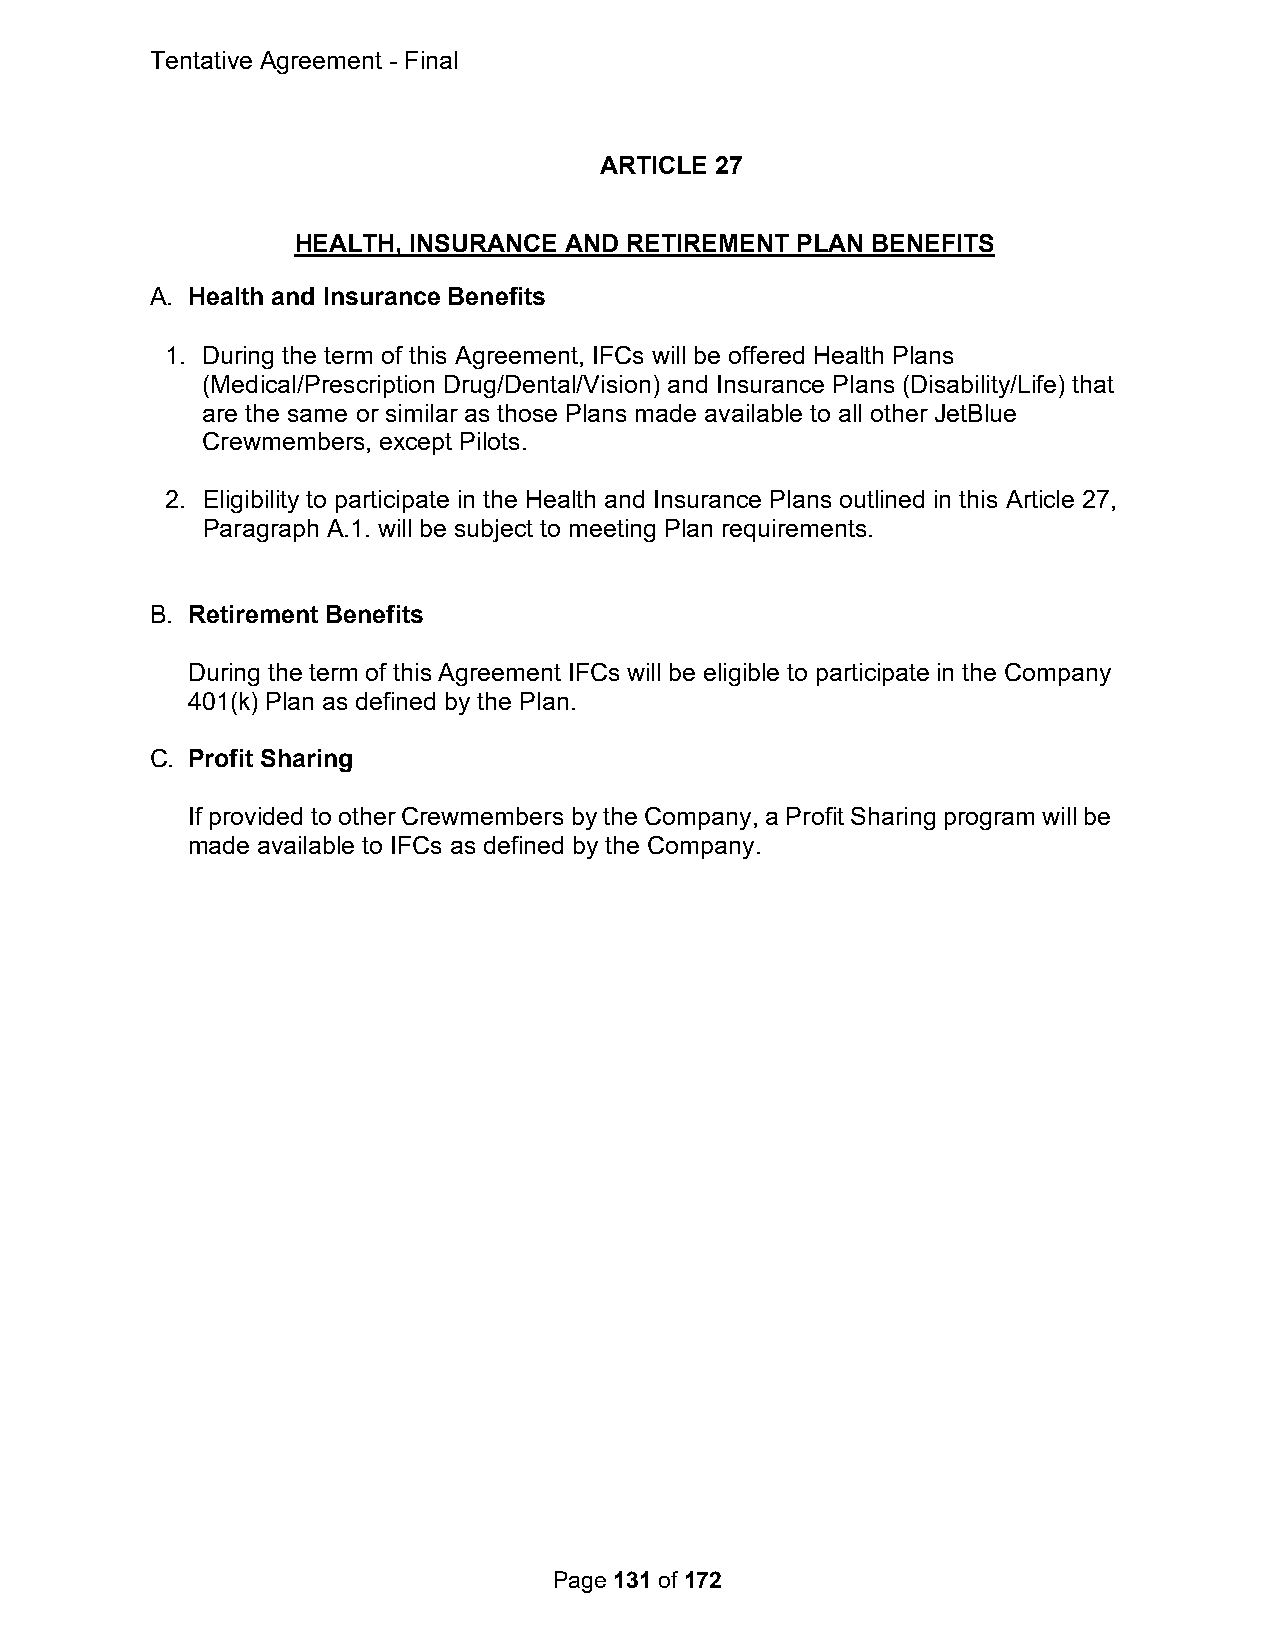
Tentative Agreement - Final
 ARTICLE 27
 HEALTH, INSURANCE AND RETIREMENT PLAN BENEFITS
 A. Health and Insurance Benefits
 1. During the term of this Agreement, IFCs will be offered Health Plans
 (Medical/Prescription Drug/Dental/Vision) and Insurance Plans (Disability/Life) that
 are the same or similar as those Plans made available to all other JetBlue
 Crewmembers, except Pilots.
 2. Eligibility to participate in the Health and Insurance Plans outlined in this Article 27,
 Paragraph A.1. will be subject to meeting Plan requirements.
 B. Retirement Benefits
 During the term of this Agreement IFCs will be eligible to participate in the Company
 401(k) Plan as defined by the Plan.
 C. Profit Sharing
 If provided to other Crewmembers by the Company, a Profit Sharing program will be
 made available to IFCs as defined by the Company.
 Page 131 of 172